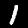
Digit: 1